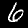
Label: 6